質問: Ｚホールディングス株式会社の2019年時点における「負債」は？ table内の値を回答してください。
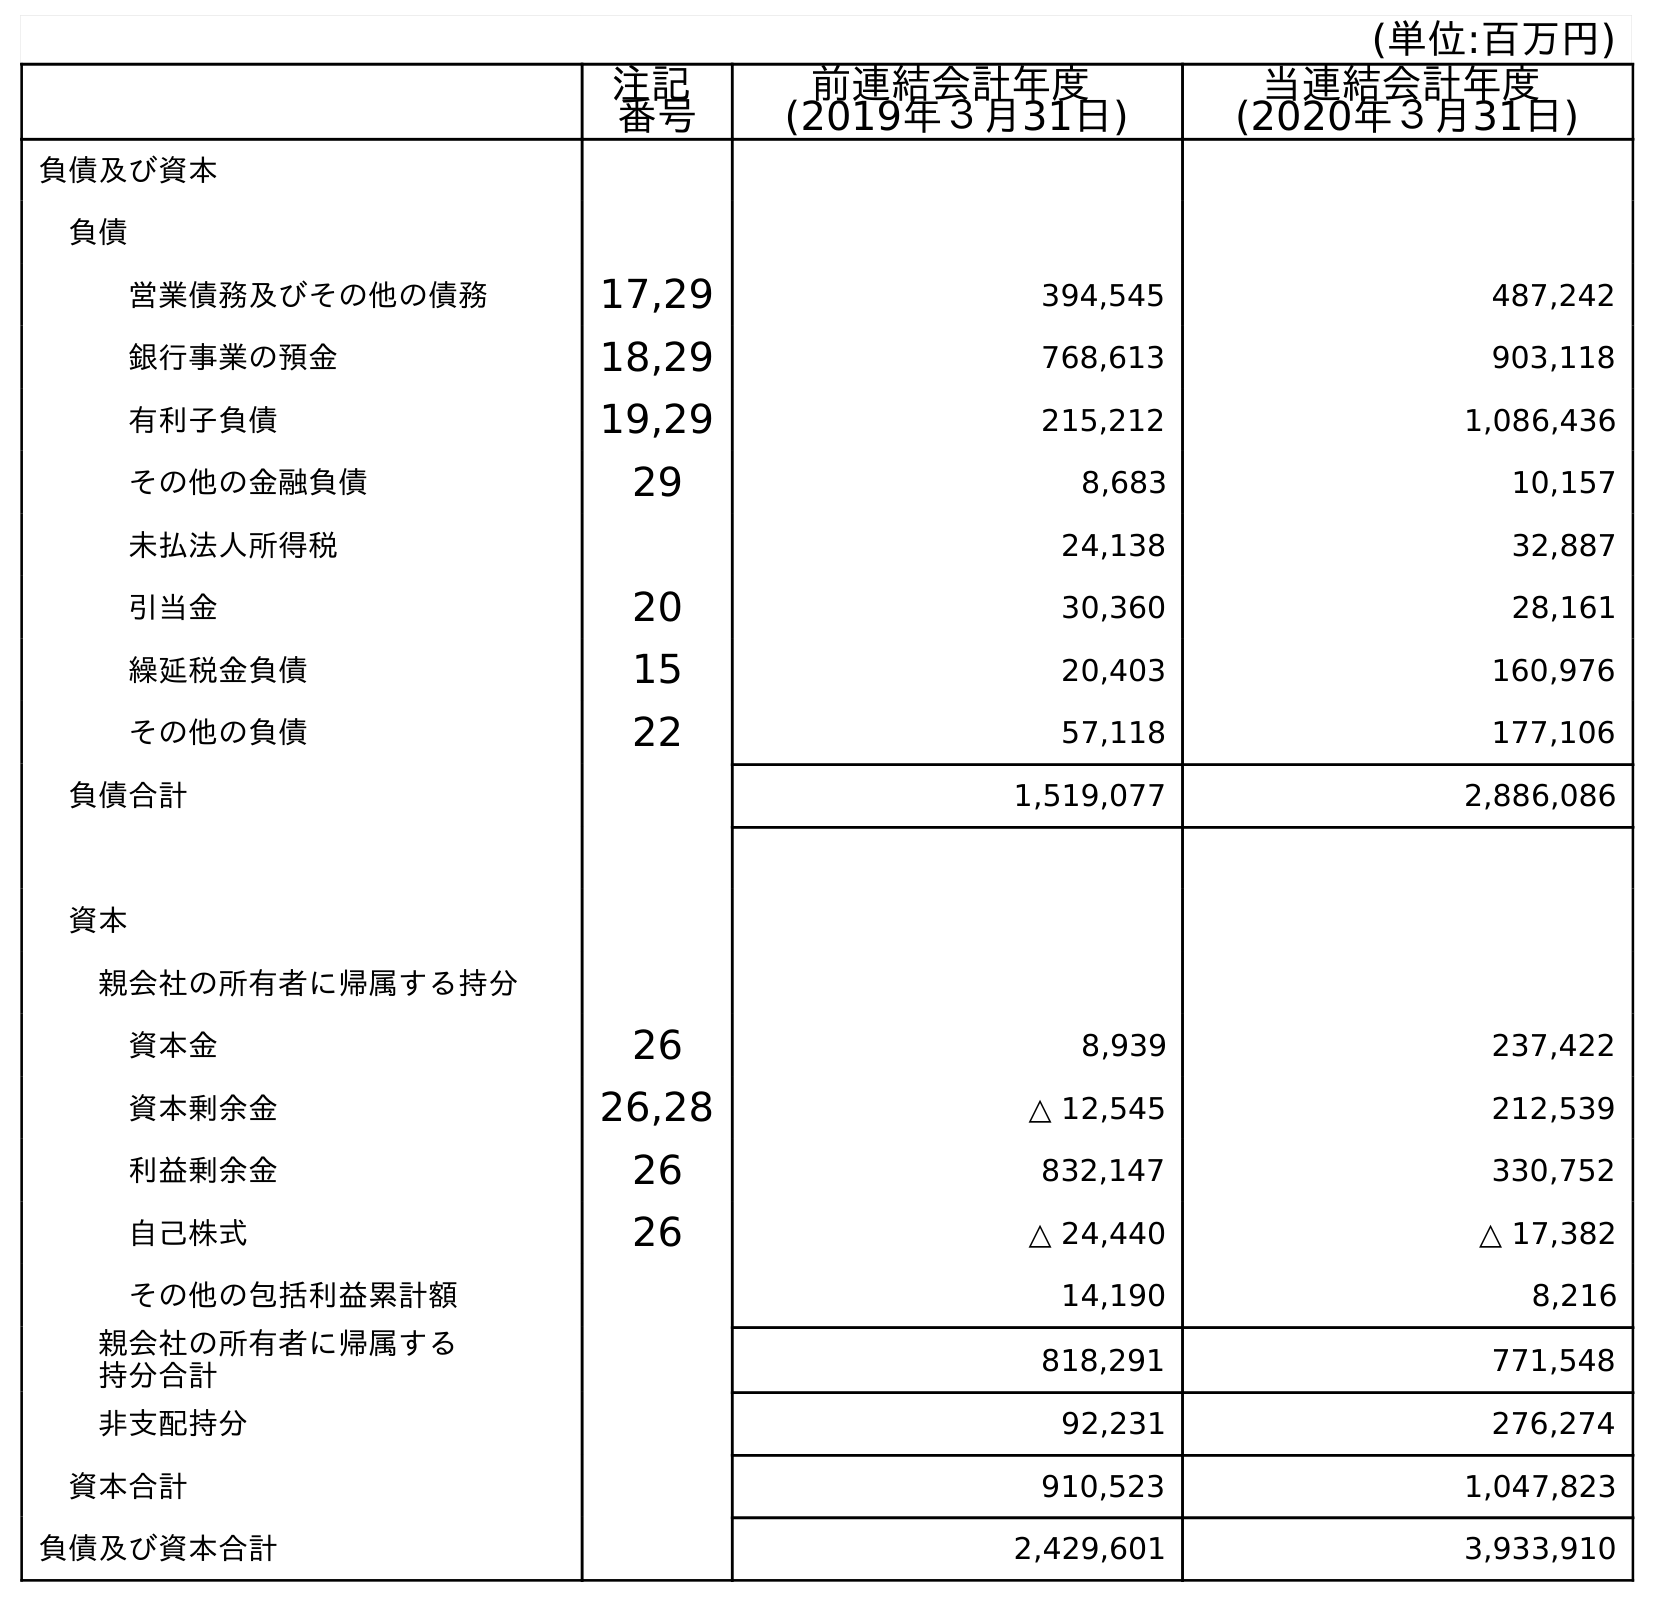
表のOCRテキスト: (単位:百万円) 注記 番号 前連結会計年度 (2019年３月31日) 当連結会計年度 (2020年３月31日) 負債及び資本 負債 営業債務及びその他の債務 17,29 394,545 487,242 銀行事業の預金 18,29 768,613 903,118 有利子負債 19,29 215,212 1,086,436 その他の金融負債 29 8,683 10,157 未払法人所得税 24,138 32,887 引当金 20 30,360 28,161 繰延税金負債 15 20,403 160,976 その他の負債 22 57,118 177,106 負債合計 1,519,077 2,886,086 資本 親会社の所有者に帰属する持分 資本金 26 8,939 237,422 資本剰余金 26,28 △ 12,545 212,539 利益剰余金 26 832,147 330,752 自己株式 26 △ 24,440 △ 17,382 その他の包括利益累計額 14,190 8,216 親会社の所有者に帰属する 持分合計 818,291 771,548 非支配持分 92,231 276,274 資本合計 910,523 1,047,823 負債及び資本合計 2,429,601 3,933,910
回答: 1,519,077